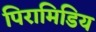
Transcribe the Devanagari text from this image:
पिरामिडिय